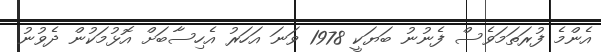
އެންމެ ފުރަތަމަވެސް ފެނުނު ބަޔަކީ 1978 ވަނަ އަހަރު އެހިސާބަށް އޮޅުމަކުން ދެވުނު